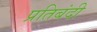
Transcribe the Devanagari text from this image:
प्रतिबंदी